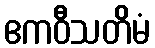
ဧကဝီသတိမံ